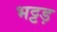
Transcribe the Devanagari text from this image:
भट्टड़